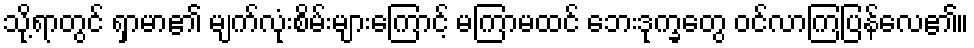
သို့ရာတွင် ရှာမာ၏ မျက်လုံးစိမ်းများကြောင့် မကြာမထင် ဘေးဒုက္ခတွေ ဝင်လာကြပြန်လေ၏။